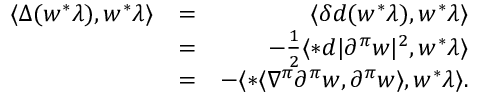
\begin{array} { r l r } { \langle \Delta ( w ^ { * } \lambda ) , w ^ { * } \lambda \rangle } & { = } & { \langle \delta d ( w ^ { * } \lambda ) , w ^ { * } \lambda \rangle } \\ & { = } & { - \frac { 1 } { 2 } \langle * d | \partial ^ { \pi } w | ^ { 2 } , w ^ { * } \lambda \rangle } \\ & { = } & { - \langle * \langle \nabla ^ { \pi } \partial ^ { \pi } w , \partial ^ { \pi } w \rangle , w ^ { * } \lambda \rangle . } \end{array}